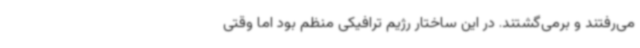
می‌رفتند و برمی‌گشتند. در این ساختار رژیم ترافیکی منظم بود اما وقتی